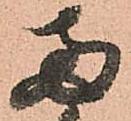
両